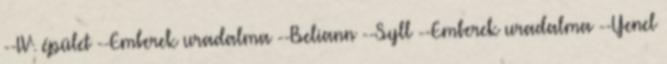
--IV. épület --Emberek uradalma --Beliann --Syll --Emberek uradalma --Yenel